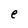
Character: e